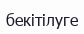
бекітілуге